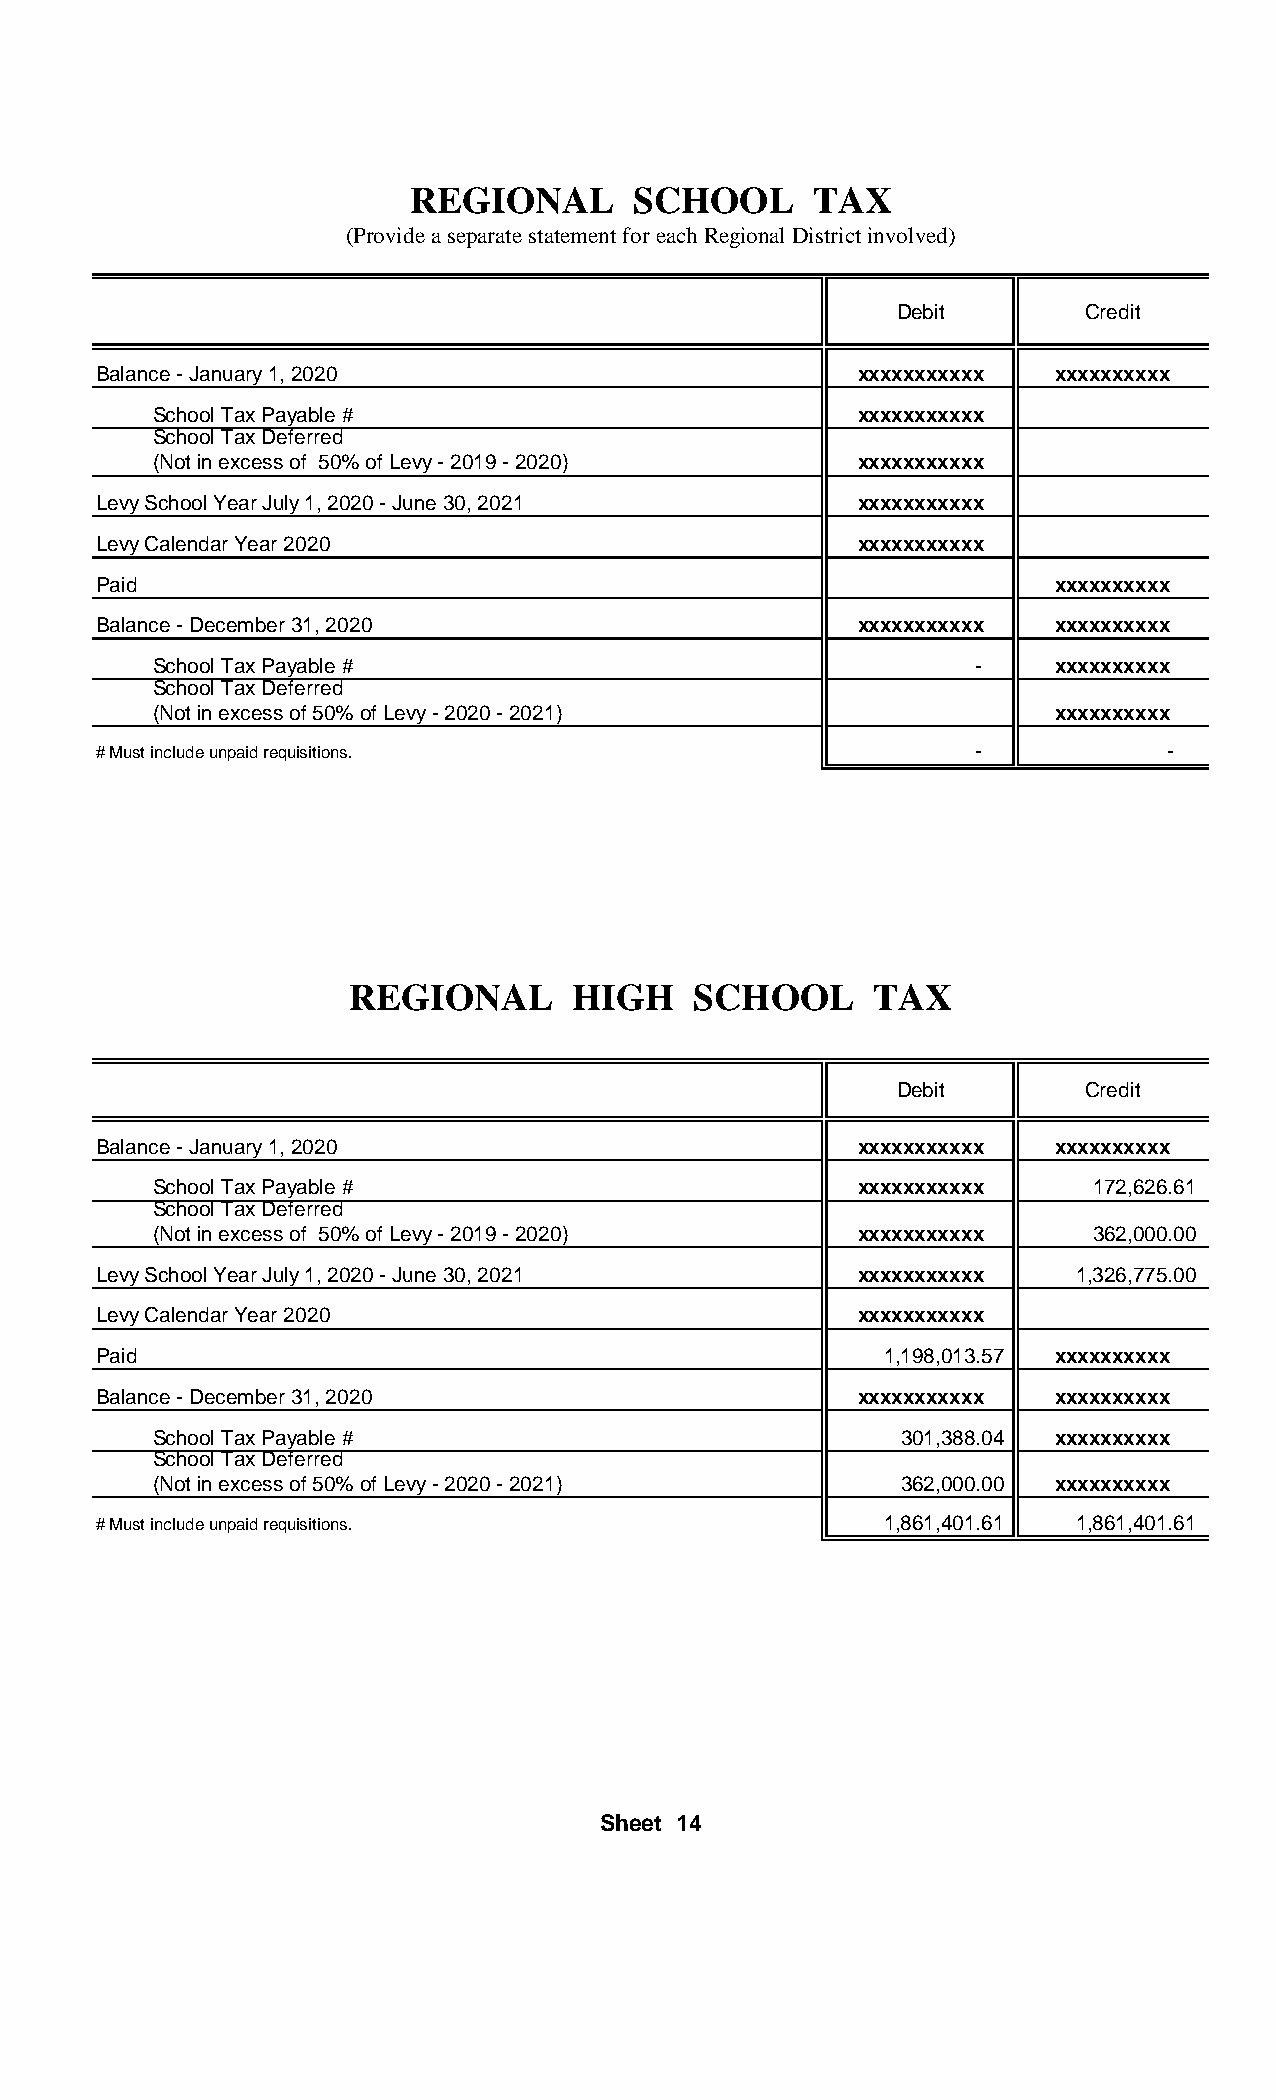
REGIONAL       SCHOOL     TAX
 (Provide a separate statement for each Regional District involved)
 Debit       Credit
 Balance - January 1, 2020                         xxxxxxxxxxx  xxxxxxxxxx
 School Tax Payable #                          xxxxxxxxxxx
 School Tax Deferred
 (Not in excess of 50% of Levy - 2019 - 2020)  xxxxxxxxxxx
 Levy School Year July 1, 2020 - June 30, 2021     xxxxxxxxxxx
 Levy Calendar Year 2020                           xxxxxxxxxxx
 Paid                                                           xxxxxxxxxx
 Balance - December 31, 2020                       xxxxxxxxxxx  xxxxxxxxxx
 School Tax Payable #                                  -    xxxxxxxxxx
 School Tax Deferred
 (Not in excess of 50% of Levy - 2020 - 2021)               xxxxxxxxxx
 # Must include unpaid requisitions.                       -            -
 REGIONAL       HIGH    SCHOOL     TAX
 Debit       Credit
 Balance - January 1, 2020                         xxxxxxxxxxx  xxxxxxxxxx
 School Tax Payable #                          xxxxxxxxxxx     172,626.61
 School Tax Deferred
 (Not in excess of 50% of Levy - 2019 - 2020)  xxxxxxxxxxx     362,000.00
 Levy School Year July 1, 2020 - June 30, 2021     xxxxxxxxxxx    1,326,775.00
 Levy Calendar Year 2020                           xxxxxxxxxxx
 Paid                                                1,198,013.57 xxxxxxxxxx
 Balance - December 31, 2020                       xxxxxxxxxxx  xxxxxxxxxx
 School Tax Payable #                             301,388.04 xxxxxxxxxx
 School Tax Deferred
 (Not in excess of 50% of Levy - 2020 - 2021)     362,000.00 xxxxxxxxxx
 # Must include unpaid requisitions.                 1,861,401.61 1,861,401.61
 Sheet 14